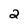
Character: 2